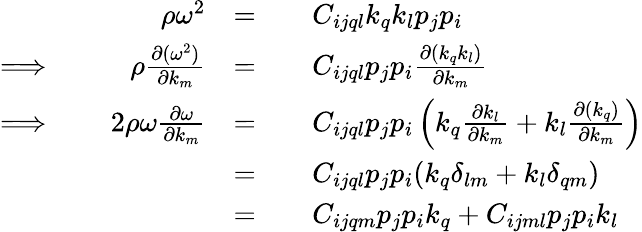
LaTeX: \begin{array}{rlrlrl}&{}&{\rho\omega^{2}}&{=}&&{C_{ijql}k_{q}k_{l}p_{j}p_{i}}\\ {\Longrightarrow\; }&{}&{\rho\frac{\partial(\omega^{2})}{\partial k_{m}}}&{=}&&{C_{ijql}p_{j}p_{i}\frac{\partial(k_{q}k_{l})}{\partial k_{m}}}\\ {\Longrightarrow\; }&{}&{2\rho\omega\frac{\partial\omega}{\partial k_{m}}}&{=}&&{C_{ijql}p_{j}p_{i}\left(k_{q}\frac{\partial k_{l}}{\partial k_{m}}+k_{l}\frac{\partial(k_{q})}{\partial k_{m}}\right)}\\ &{}&&{=}&&{C_{ijql}p_{j}p_{i}(k_{q}\delta_{lm}+k_{l}\delta_{qm})}\\ &{}&&{=}&&{C_{ijqm}p_{j}p_{i}k_{q}+C_{ijml}p_{j}p_{i}k_{l}}\end{array}